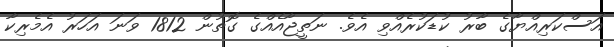
އަސްކަރިއްޔާގެ ބާރު ކުޑަކުރެއްވި އެވެ. ނަތީޖާއެއްގެ ގޮތުން 1812 ވަނަ އަހަރު އެމެރިކާ